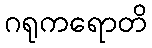
ဂရုကရောတိ